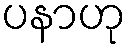
ပနာဟု